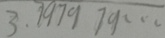
3 . 7 9 7 9 7 9 \cdots